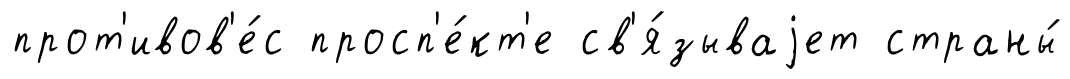
прот'ивов'е́с просп'е́кт'е св'я́зываjет страны́